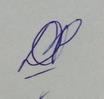
Signature authenticity: genuine